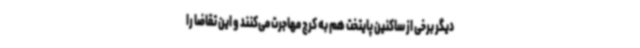
دیگر برخی از ساکنین پایتخت هم به کرج مهاجرت می‌کنند و این تقاضا را